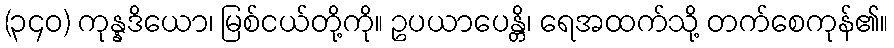
(၃၄၀) ကုန္နဒိယော၊ မြစ်ငယ်တို့ကို။ ဥပယာပေန္တိ၊ ရေအထက်သို့ တက်စေကုန်၏။